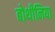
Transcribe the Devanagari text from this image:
बोथीनिया